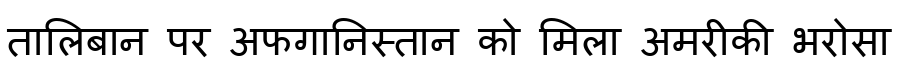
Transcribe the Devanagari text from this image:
तालिबान पर अफगानिस्तान को मिला अमरीकी भरोसा